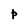
Character: P